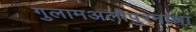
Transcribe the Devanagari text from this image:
गुलामअलीपुरनाथा